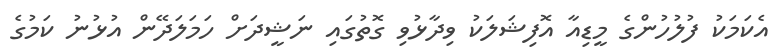
އެކަމަކު ފުލުހުންގެ މީޑިއާ އޮފިޝަލަކު ވިދާޅުވި ގޮތުގައި ނަޝީދަށް ހަމަލަދޭން އުޅުނު ކަމުގެ